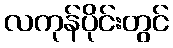
လကုန်ပိုင်းတွင်